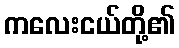
ကလေးငယ်တို့၏